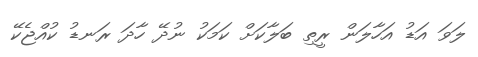
ލަވަ އަޑު އަހާލަން ރީތި ބަލާކަށް ކަމަކު ނުދޭ ހާދަ ރަނޑު ކުއްޖެކޭ